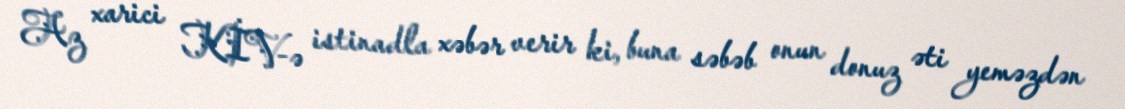
Az xarici KİV-ə istinadla xəbər verir ki, buna səbəb onun donuz əti yeməzdən